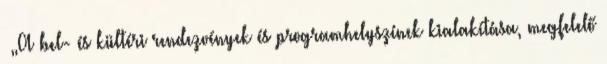
▪„A bel- és kültéri rendezvények és programhelyszínek kialakítása, megfelelő